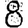
Digit: 8